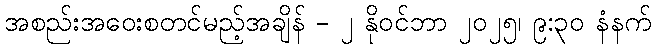
အစည်းအဝေးစတင်မည့်အချိန် - ၂ နိုဝင်ဘာ ၂၀၂၅၊ ၉:၃၀ နံနက်